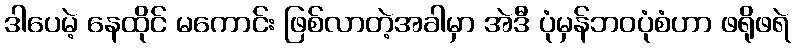
ဒါပေမဲ့ နေထိုင် မကောင်း ဖြစ်လာတဲ့အခါမှာ အဲဒီ ပုံမှန်ဘဝပုံစံဟာ ဖရိုဖရဲ